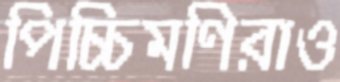
পিচ্চিমণিরাও